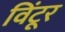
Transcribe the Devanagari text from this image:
विंटूर